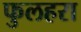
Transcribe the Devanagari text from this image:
फुलहरा